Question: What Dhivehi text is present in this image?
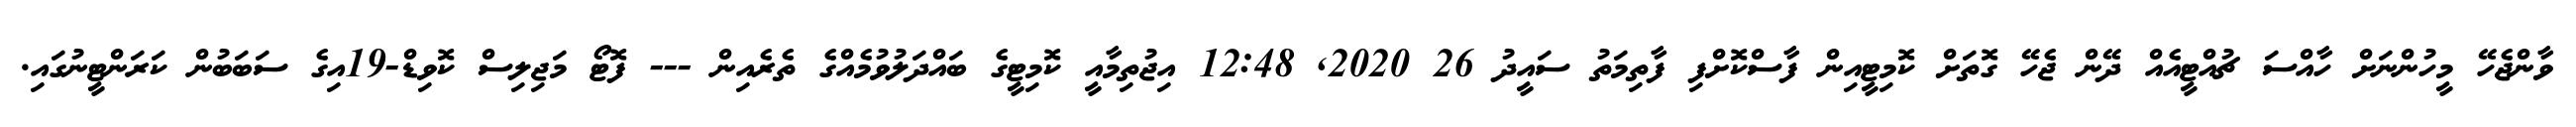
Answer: ވާންޖެހޭ މީހުންނަށް ހާއްސަ ޗުއްޓީއެއް ދޭން ޖެހޭ ގޮތަށް ކޮމިޓީއިން ފާސްކޮށްފި ފާތިމަތު ސައީދު 26 2020, 12:48 އިޖުތިމާއީ ކޮމިޓީގެ ބައްދަލުވުމެއްގެ ތެރެއިން --- ފޮޓޯ މަޖިލިސް ކޮވިޑް-19އިގެ ސަބަބުން ކަރަންޓީނުގައި.